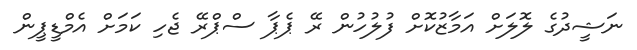
ނަޝީދުގެ ލޮލަށް އަމާޒުކޮށް ފުލުހުން ރޭ ޕެޕާ ސްޕްރޭ ޖެހި ކަމަށް އެމްޑީޕީން